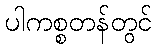
ပါကစ္စတန်တွင်